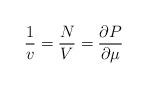
LaTeX: \begin{align*}\frac 1v=\frac NV=\frac{\partial P}{\partial \mu}\end{align*}